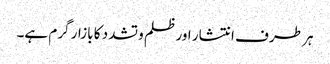
ہر طرف انتشار اور ظلم و تشدد کا بازار گرم ہے۔